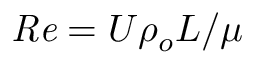
\mathit { R e } = U \rho _ { o } L / \mu